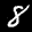
Label: 8